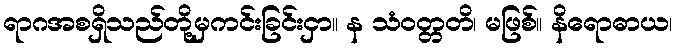
ရာဂအစရှိသည်တို့မှကင်းခြင်းငှာ။ န သံဝတ္တတိ၊ မဖြစ်။ နိရောဓာယ၊